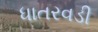
ધાતરવડી